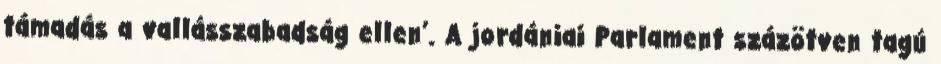
támadás a vallásszabadság ellen’. A jordániai Parlament százötven tagú